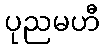
ပုညမဟီ